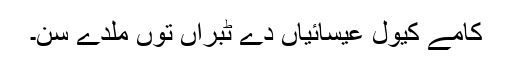
کامے کیول عیسائیاں دے ٹبراں توں ملدے سن۔